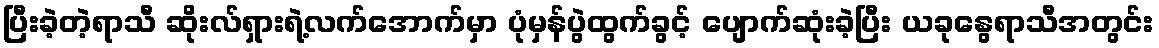
ပြီးခဲ့တဲ့ရာသီ ဆိုးလ်ရှားရဲ့လက်အောက်မှာ ပုံမှန်ပွဲထွက်ခွင့် ပျောက်ဆုံးခဲ့ပြီး ယခုနွေရာသီအတွင်း